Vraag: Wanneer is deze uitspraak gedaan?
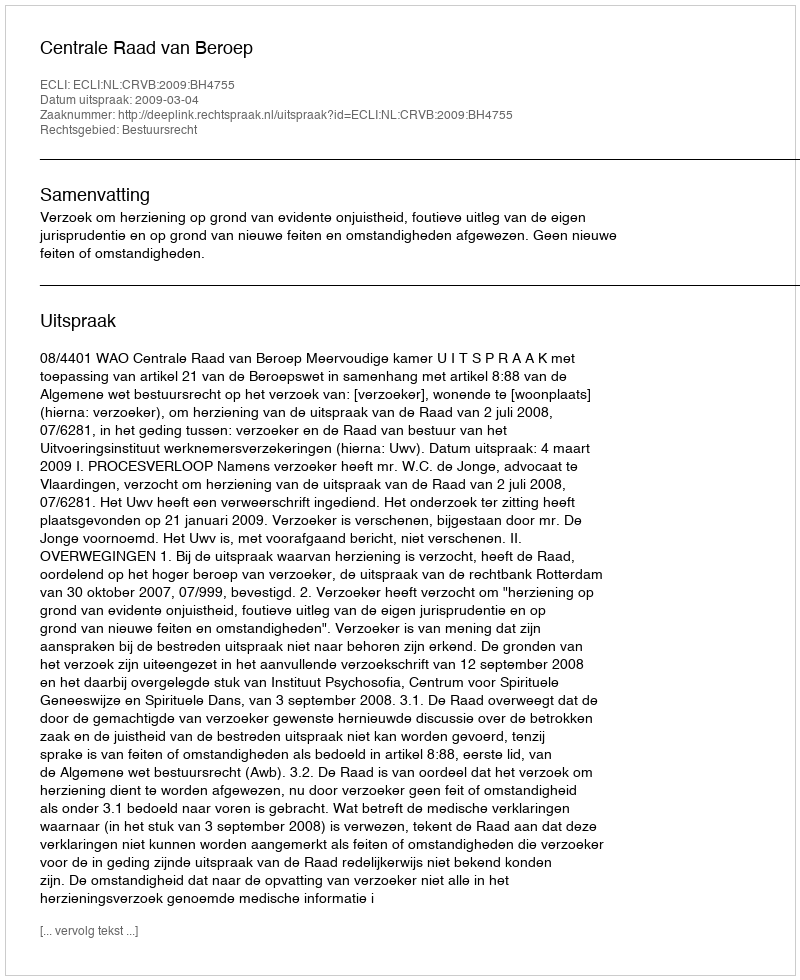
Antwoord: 2009-03-04